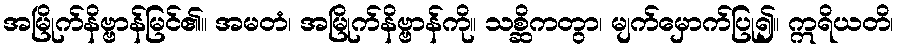
အမြိုက်နိဗ္ဗာန်မြင်၏။ အမတံ၊ အမြိုက်နိဗ္ဗာန်ကို။ သစ္ဆိကတွာ၊ မျက်မှောက်ပြု၍။ ဣရိယတိ၊